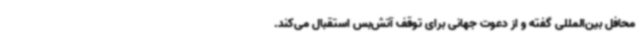
محافل بین‌المللی گفته و از دعوت جهانی برای توقف آتش‌بس استقبال می‌کند.